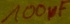
Text: 100µF